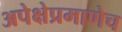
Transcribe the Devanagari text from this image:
अपेक्षेप्रमाणेच